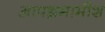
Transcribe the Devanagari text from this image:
आपन्नमामीश